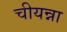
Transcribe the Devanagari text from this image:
चीयन्ना